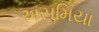
અસમિયા